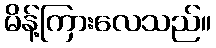
မိန့်ကြားလေသည်။